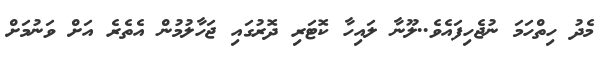
މެދު ހިތްހަމަ ނުޖެހިފައެވެ..ލޫނާ ލައިހާ ކޮޓަރި ދޮރުގައި ޖަހާލުމުން އެތެރެ އަށް ވަނުމަށް